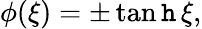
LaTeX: \phi(\xi)=\pm\operatorname{tan\mathtt{h}}\xi,